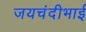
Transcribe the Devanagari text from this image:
जयचंदीभाई